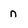
Character: n